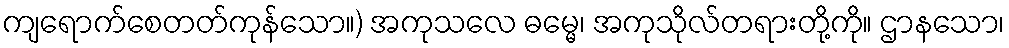
ကျရောက်စေတတ်ကုန်သော။) အကုသလေ ဓမ္မေ၊ အကုသိုလ်တရားတို့ကို။ ဌာနသော၊